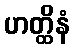
ဟတ္ထိနံ